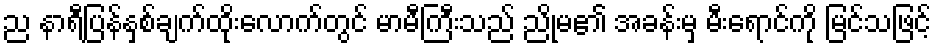
ည နာရီပြန်နှစ်ချက်ထိုးလောက်တွင် မာမီကြီးသည် ညိုမ၏ အခန်းမှ မီးရောင်ကို မြင်သဖြင့်